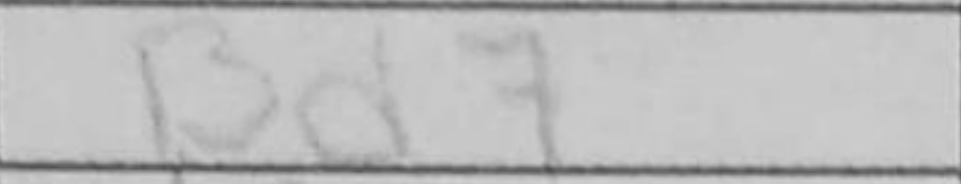
Transcription: Bd7